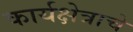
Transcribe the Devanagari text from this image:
कार्यक्षेत्राचे